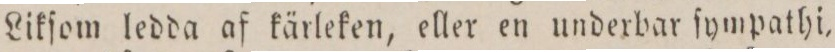
Likſom ledda af kärleken, eller en underbar ſympathi,